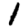
Digit: 1